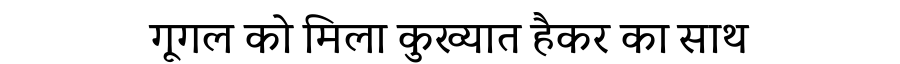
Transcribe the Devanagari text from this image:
गूगल को मिला कुख्यात हैकर का साथ